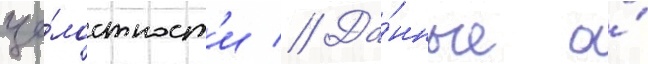
це́лостност'и // Да́нные о́